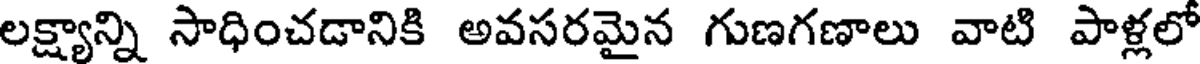
లక్ష్యాన్ని సాధించడానికి అవసరమైన గుణగణాలు వాటి పాళ్లలో